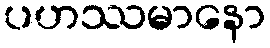
ပဟဿမာနော